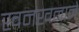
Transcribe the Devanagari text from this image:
खनखनाने